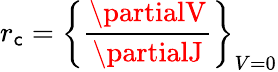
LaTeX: r_{\mathsf{c}}=\left\{ {\frac{{\partialV}}{{\partialJ}}}\right\} _{V=0}